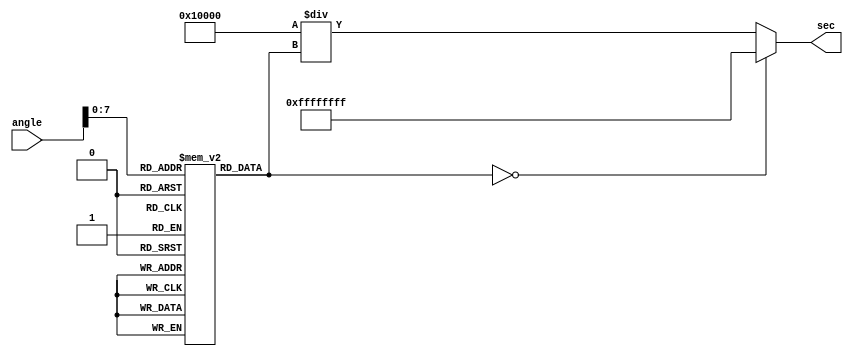
module secant_function (
    input [15:0] angle,  // Fixed-point input angle in radians
    output reg [31:0] sec // Fixed-point output secant value
);

// Parameter Definitions
parameter [15:0] PI_OVER_2 = 16'h0001_90; // pi/2 in fixed-point
parameter [31:0] FRAC_BITS = 16; // Number of fractional bits for fixed-point
parameter LUT_SIZE = 256;

reg [15:0] cos_lut [0:LUT_SIZE-1]; // Cosine lookup table
wire [15:0] cos_value;
reg [31:0] reciprocal;

// Cosine Lookup Table Initialization
initial begin
    // Populate cosine lookup table with pre-computed values (for example)
    // Here, you would compute the cosine values for a range of angles.
    // The below values are just illustrative.
    cos_lut[0] = 16'h1000; // cos(0)
    cos_lut[1] = 16'h0FFF; // cos(1 degree)
    // ... Fill in the rest of the values
    // cos_lut[255] = 16'h0000; // cos(90 degrees)
end

// Retrieve cosine value from LUT based on the input angle
assign cos_value = cos_lut[angle[7:0]]; // Assuming angle is mapped within index range

// Secant Calculation
always @(*) begin
    if (cos_value == 16'h0000) begin
        // Handle the undefined behavior, where secant goes to infinity
        sec = 32'hFFFFFFFF; // or some saturation value
    end else begin
        // Calculate the reciprocal: sec(x) = 1/cos(x)
        reciprocal = {16'h0001, 16'h0000} / cos_value; // Fixed-point division
        sec = reciprocal;
    end
end

endmodule